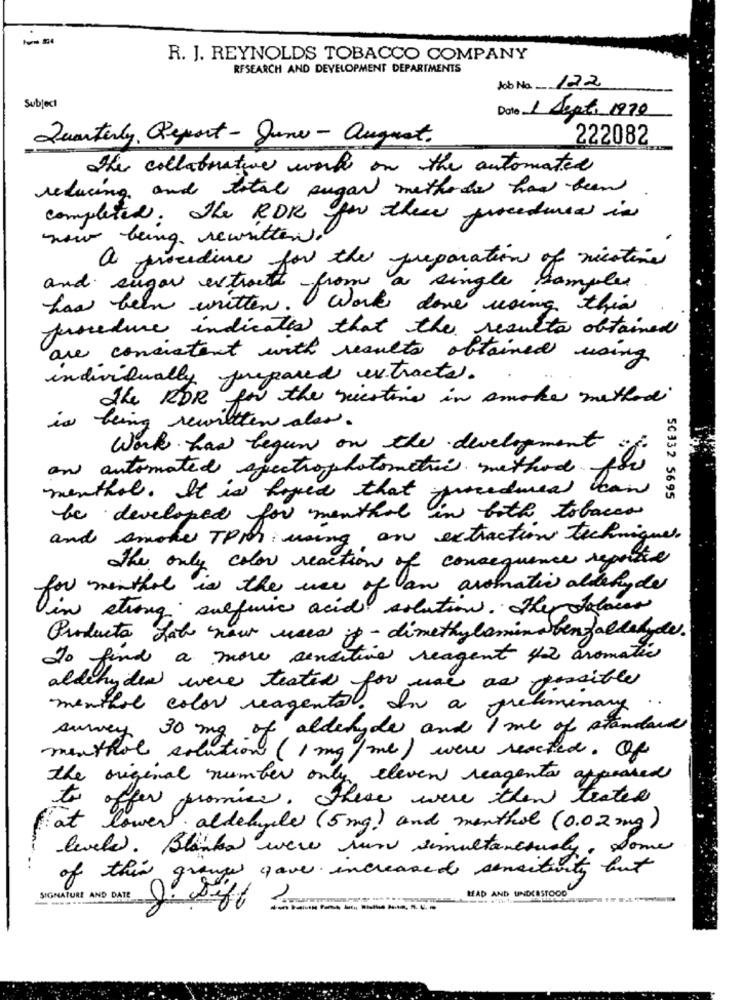
R. J. REYNOLDS TOBACCO COMPANY
RESEARCH AND DEVELOPMENT DEPARTMENTS
Job No. 122
Subject
Date 1 Sept. 1970
Quarterly Report - June - August.
222082
the collaborative work on the automated
reducing and total sugar methods how bean
completed. the RDR for the procedures in
now being rewritten
a
procedine for the preparation of nicotine
and sugar extract
· from a single samples
has been written. Work done using this
fuscedure indicates that the results obtained
are consistent with results obtained using
individually prepared extracte.
The RDR for the siestine in smoke method
is being rewiltten also.
Work has begun on the development
and automated spectrophotometrie method for
menthol. It is hoped that procedures can
SC332 5695
be developed for menthol in both tobacco
and smoke TPM: using an extractions techniques.
The only color reaction of consequence reprise
for menthol is the use of an aromatic aldehyde
in strong sulfuric acid solution. the below
Products Late now uses ip - dimethylaminaben fallet de.
do find a more sensitive reagent 42 aromatic
aldehydee were tested for use as possible
menthol color reagente. In a preliminary
survey 30 mg of aldehyde and I me of standard
menthol solution (1 mg /ml) wew reacted. Of
the original number only eleven reagents
to offer promise, There were then teater
at
lower aldehuela (5 mg) and menthol (0.02mg)
levele. Blanka were run simultaneously, some
of this grauwe gave increased sensitivity but
MAD AND UNDERSTOOD
SIGNATURE AND DATE